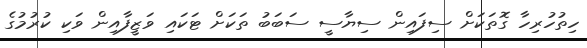
ހިތުހުރިހާ ގޮތަކަށް ސިފައިން ސިޔާސީ ސަބަބު ތަކަށް ޓަކައި ވަޒީފާއިން ވަކި ކުރުމުގެ